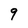
Character: 9